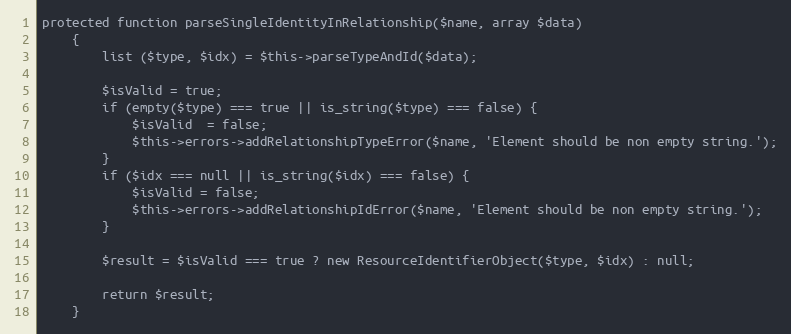
Language: PHP
protected function parseSingleIdentityInRelationship($name, array $data)
    {
        list ($type, $idx) = $this->parseTypeAndId($data);

        $isValid = true;
        if (empty($type) === true || is_string($type) === false) {
            $isValid  = false;
            $this->errors->addRelationshipTypeError($name, 'Element should be non empty string.');
        }
        if ($idx === null || is_string($idx) === false) {
            $isValid = false;
            $this->errors->addRelationshipIdError($name, 'Element should be non empty string.');
        }

        $result = $isValid === true ? new ResourceIdentifierObject($type, $idx) : null;

        return $result;
    }